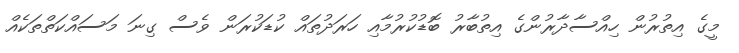
މީގެ އިތުރުން ހިއްސާދާރުންގެ އިތުބާރު ބޮޑުކުރުމާއި ހަރަދުތައް ކުޑަކުރަން ވެސް ގިނަ މަސައްކަތްތަކެއް